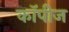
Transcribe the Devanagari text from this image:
कॉपीज